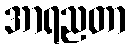
အာရညတာ